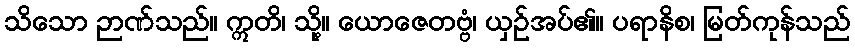
သိသော ဉာဏ်သည်။ ဣတိ၊ သို့။ ယောဇေတဗ္ဗံ၊ ယှဉ်အပ်၏။ ပရာနိစ၊ မြတ်ကုန်သည်